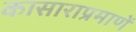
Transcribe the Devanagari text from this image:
कासाराप्रमाणें